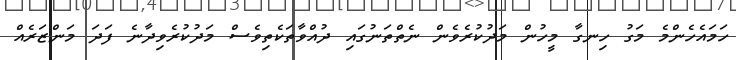
ހަމައެހެންމެ މަގު ހިނގާ މީހުން މަދުކުރެވެން ނެތްތަނުގައި ދުއްވާތަކެތިވެސް މަދުކުރެވިދާނެ ފަދަ މަންޒަރެއް